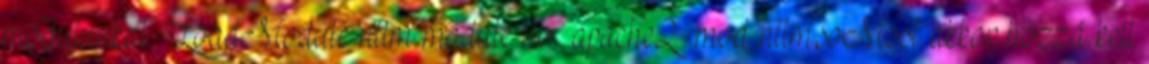
modulunkat: LoadModule ntlm module lib apache2 mod ntlm.soMost akkor hozzá kell